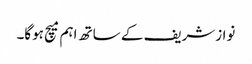
نوازشریف کے ساتھ اہم میچ ہوگا۔